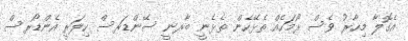
އެގޮލާ މިހާރު ވެސް ރޯމަހެއް ތެޅޭހެން ތެޅެނީ ބާރނީ ސޭންޑަރސް ހިލަރީ އެންޑޯރސް